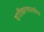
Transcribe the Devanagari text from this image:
वर्गीकरणासहित